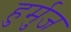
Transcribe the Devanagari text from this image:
हुर्मुज